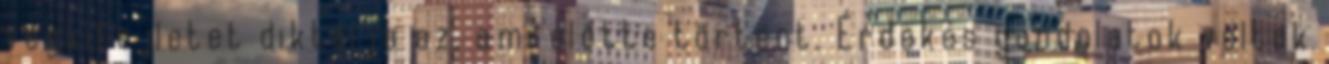
végkifejletet diktálja az, ami előtte történt. Érdekes gondolatok voltak